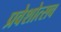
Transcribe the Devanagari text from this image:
प्रवेशोत्सव